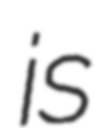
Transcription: is